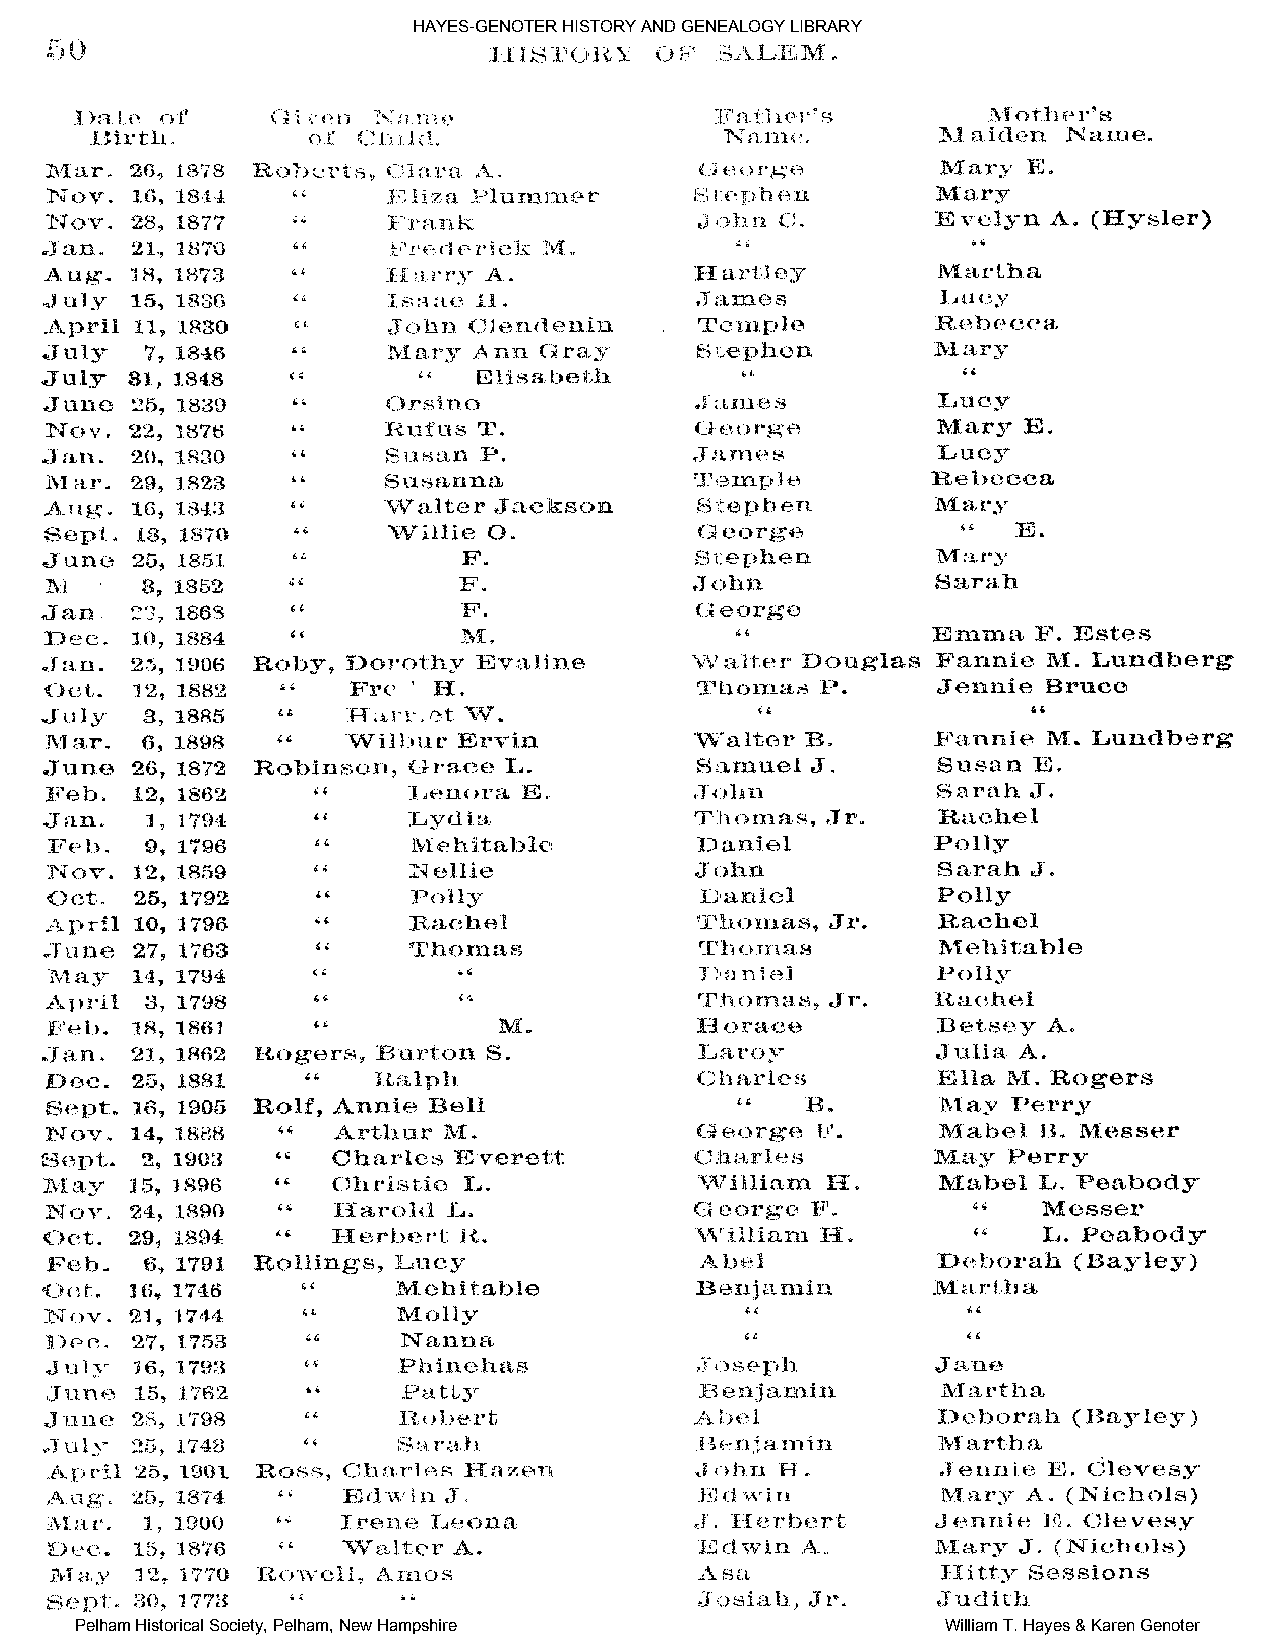
HAYES-GENOTER HISTORY AND GENEALOGY LIBRARY
 Pelham Historical Society, Pelham, New Hampshire          William T. Hayes & Karen Genoter